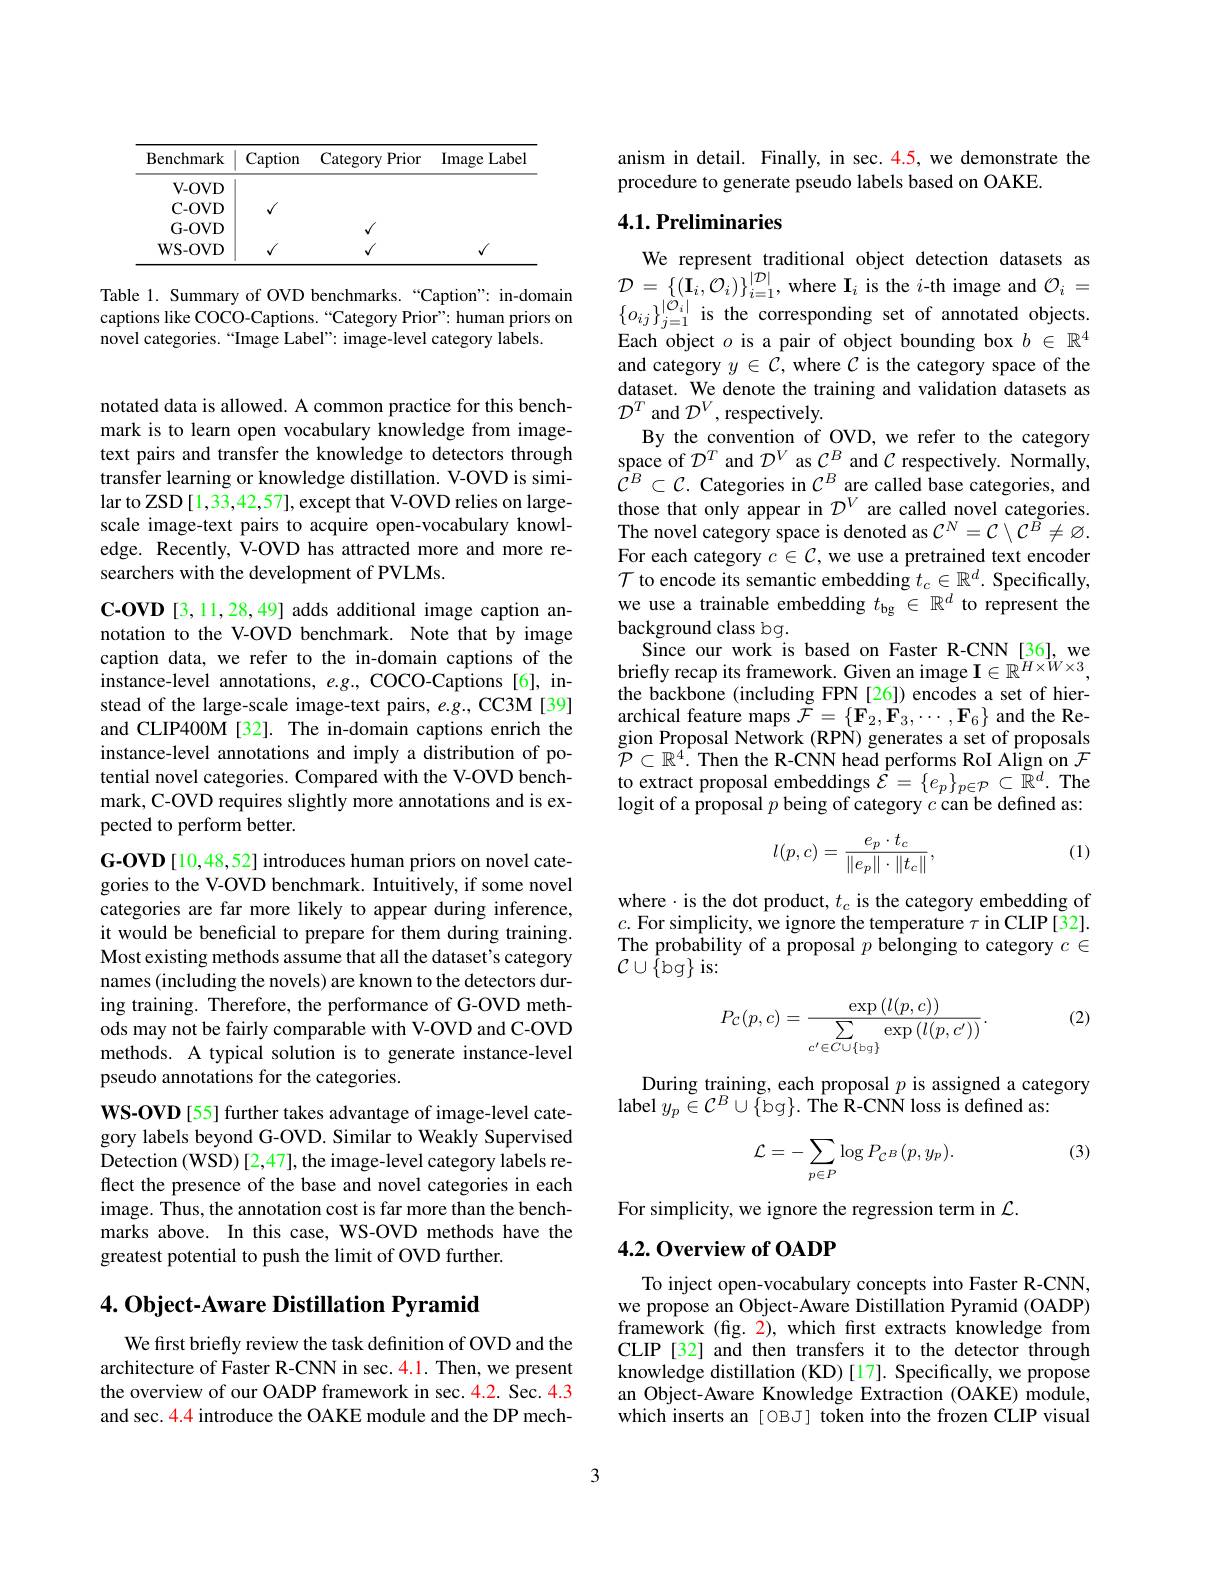
<table>
	<tbody>
		<tr>
			<th>Benchmark</th>
			<th>Caption</th>
			<th>Category Prior</th>
			<th>Image Label</th>
		</tr>
		<tr>
			<td>V- OVD</td>
			<td> </td>
			<td> </td>
			<td> </td>
		</tr>
		<tr>
			<td>C- OVD</td>
			<td>$√$</td>
			<td> </td>
			<td> </td>
		</tr>
		<tr>
			<td>G- OVD</td>
			<td> </td>
			<td>1</td>
			<td> </td>
		</tr>
		<tr>
			<td>WS- OVD</td>
			<td>$√$</td>
			<td>1</td>
			<td>$√$</td>
		</tr>
	</tbody>
</table>

Table 1. Summary of OVD benchmarks.“Caption" in-domain captions like COCO-Captions.“Category Prior" human priors on novel categories.“Image Label”: image-level category labels.

notated data is allowed. A common practice for this benchmark is to learn open vocabulary knowledge from imagetext pairs and transfer the knowledge to detectors through transfer learning or knowledge distillation. V-OVD is similar to ZSD [1,33,42,57], except that V-OVD relies on largescale image-text pairs to acquire open-vocabulary knowledge. Recently, V-OVD has attracted more and more researchers with the development of PVLMs.

C-OVD [3,11,28,49] adds additional image caption annotation to the V-OVD benchmark. Note that by image caption data, we refer to the in-domain captions of the instance-level annotations, $e.g.,COCO-Captions[6]$, instead of the large-scale image-text pairs, e.g., CC3M[39] and CLIP400M[32]. The in-domain captions enrich the instance-level annotations and imply a distribution of potential novel categories. Compared with the V-OVD benchmark, C-OVD requires slightly more annotations and is expected to perform better.

G-OVD[10,48,52] introduces human priors on novel categories to the V-OVD benchmark. Intuitively, if some novel categories are far more likely to appear during inference, it would be beneficial to prepare for them during training. Most existing methods assume that all the dataset's category names (including the novels) are known to the detectors during training. Therefore, the performance of G-OVD methods may not be fairly comparable with V-OVD and C-OVD methods. A typical solution is to generate instance-level pseudo annotations for the categories.
WS-OVD [55] further takes advantage of image-level category labels beyond G-OVD. Similar to Weakly Supervised Detection (WSD) [2,47], the image-level category labels reflect the presence of the base and novel categories in each image. Thus, the annotation cost is far more than the benchmarks above. In this case, WS-OVD methods have the

greatest potential to push the limit of OVD further.

## $4. \textbf{Object- Aware Distillation Pyramid}$

We first briefly review the task definition of OVD and the architecture of Faster R-CNN in sec. 4.1. Then, we present the overview of our OADP framework in sec.4.2. Sec.4.3 and sec. 4.4 introduce the OAKE module and the DP mech-

anism in detail. Finally, in sec. 4.5, we demonstrate the
procedure to generate pseudo labels based on OAKE.

## 4.1. Preliminaries

We represent traditional object detection datasets as $\mathcal{D}=\left\{(\mathbf{I}_{i},\mathcal{O}_{i})\right\}_{i=1}^{|\mathcal{D}|}$, where I$_i$ is the $i$-th image and $\mathcal{O}_i=$ $\{o_{ij}\}_{j=1}^{|\tilde{\mathcal{O}}_{i}|}$is the corresponding set of annotated objects. Each object $o$ is a pair of object bounding box $b\in\mathbb{R}^4$ and category $y\in\mathcal{C}$, where $\mathcal{C}$ is the category space of the dataset. We denote the training and validation datasets as $\mathcal{D}^T$ and $\mathcal{D}^V$,respectively.
By the convention of OVD, we refer to the category space of $\mathcal{D}^T$ and $\mathcal{D}^V$ as $\mathcal{C}^B$ and $\mathcal{C}$ respectively. Normally, ${\dot{\mathcal{C}}}^{B}\subset{\mathcal{C}}.$ Categories in $\mathcal{C}^B\underset{\mathrm{v}}{\operatorname*{\operatorname*{\operatorname*{are~called~base~categories,~and}}}}$ those that only appear in $\mathcal{D}^V$ are called novel categories. The novel category space is denoted as $\mathcal{C}^N=\mathcal{C}\setminus\mathcal{C}^B\neq\varnothing.$ For each category $c\in\mathcal{C}$, we use a pretrained text encoder $\mathcal{T}$ to encode its semantic embedding $t_c\in\mathbb{R}^d.$ Specifically, we use a trainable embedding $t_\mathrm{bg}\in\mathbb{R}^d$ to represent the background class bg.
Since our work is based on Faster R-CNN[36],we briefly recap its framework. Given an image $\mathbf{I}\in\mathbb{R}^{H\times W\times3}$, the backbone (including FPN [26]) encodes a set of hierarchical feature maps $\mathcal{F}=\{\mathbf{F}_2,\mathbf{F}_3,\cdots,\mathbf{F}_6\}$ and the Region Proposal Network (RPN) generates a set of proposals ${\mathcal{P}}\subset\mathbb{R}^{4}.$ Then the R-CNN head performs RoI Align on $\mathcal{F}$ to extract proposal embeddings $\hat{\mathcal{E}}=\{e_p\}_{p\in\mathcal{P}}\subset\tilde{\mathbb{R}}^d.$ The logit of a proposal $p$ being of category $c$ can be defined as:

(1)
$$l(p,c)=\frac{e_p\cdot t_c}{\|e_p\|\cdot\|t_c\|},$$
where $\cdot$ is the dot product, $t_c$ is the category embedding of $c.$ For simplicity, we ignore the temperature $\tau$ in CLIP[32]. The probability of a proposal $p$ belonging to category $c\in$ $\mathcal{C}\cup\bar{\{}$bg$\}$is:

(2)
$$P_{\mathcal{C}}(p,c)=\frac{\exp\left(l(p,c)\right)}{\sum\limits_{c'\in C\cup\{\mathrm{bg}\}}\exp\left(l(p,c')\right)}.$$
During training, each proposal $p$ is assigned a category
label $y_p\in\mathcal{C}^B\cup\{$bg$\}.$ The R-CNN loss is defined as:

(3)
$$\mathcal{L}=-\sum_{p\in P}\log P_{\mathcal{C}^{B}}(p,y_{p}).$$
For simplicity, we ignore the regression term in $\mathcal{L}.$

## 4.2. Overview of OADP

To inject open-vocabulary concepts into Faster R-CNN, we propose an Object-Aware Distillation Pyramid (OADP) framework (fig. 2), which first extracts knowledge from CLIP [32] and then transfers it to the detector through knowledge distillation (KD)[17]. Specifically, we propose an Object-Aware Knowledge Extraction (OAKE) module, which inserts an [ OBJ] token into the frozen CLIP visual

3